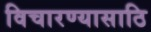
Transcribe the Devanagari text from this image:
विचारण्यासाठि